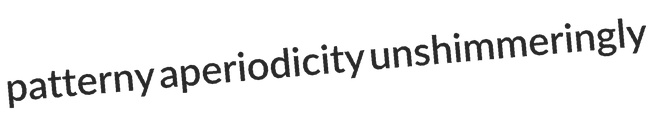
patterny aperiodicity unshimmeringly